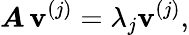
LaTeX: \boldsymbol{A}\, \boldsymbol{\mathbf{v}}^{(j)}=\lambda_{j}\boldsymbol{\mathbf{v}}^{(j)},